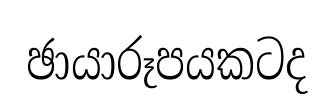
ඡායාරූපයකටද